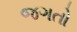
જગતો